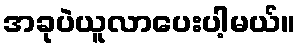
အခုပဲယူလာပေးပါ့မယ်။